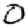
Digit: 0